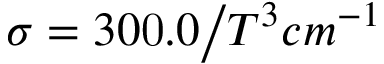
\sigma = { 3 0 \mathrm { 0 } . 0 \mathord { \left/ { \vphantom { 3 0 \mathrm { 0 } . 0 T ^ { 3 } } } \right. \kern - \nulldelimiterspace } T ^ { 3 } } c m ^ { - 1 }